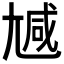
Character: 𡯽